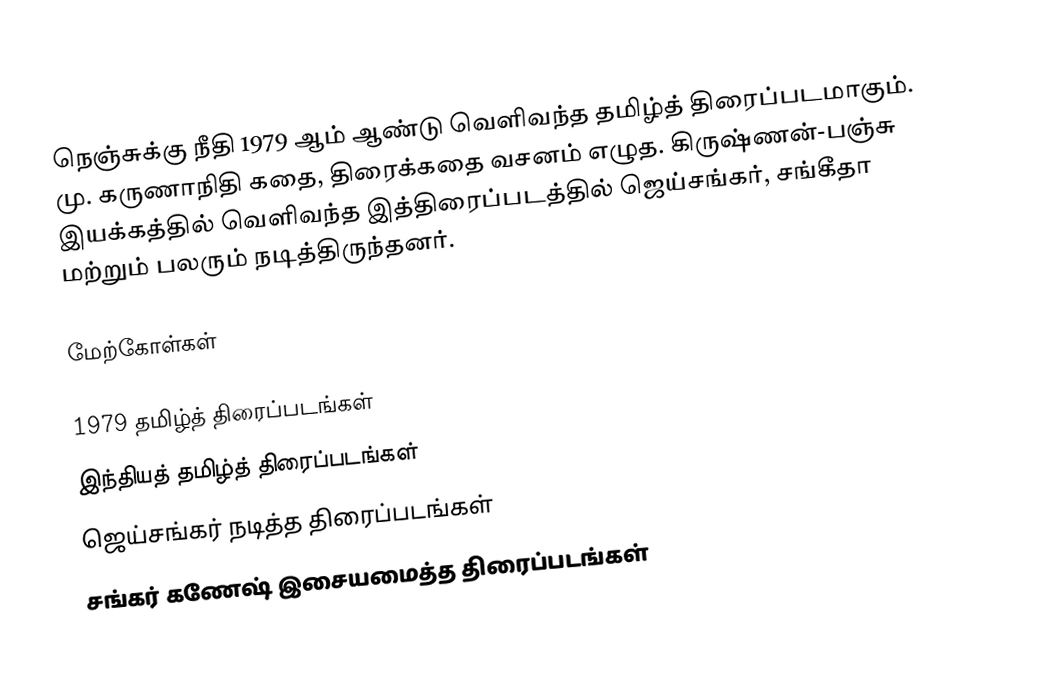
நெஞ்சுக்கு நீதி 1979 ஆம் ஆண்டு வெளிவந்த தமிழ்த் திரைப்படமாகும்.  மு. கருணாநிதி கதை, திரைக்கதை வசனம் எழுத.  கிருஷ்ணன்-பஞ்சு இயக்கத்தில் வெளிவந்த இத்திரைப்படத்தில் ஜெய்சங்கர், சங்கீதா மற்றும் பலரும் நடித்திருந்தனர்.

மேற்கோள்கள்

1979 தமிழ்த் திரைப்படங்கள்
இந்தியத் தமிழ்த் திரைப்படங்கள்
ஜெய்சங்கர் நடித்த திரைப்படங்கள்
சங்கர் கணேஷ் இசையமைத்த திரைப்படங்கள்